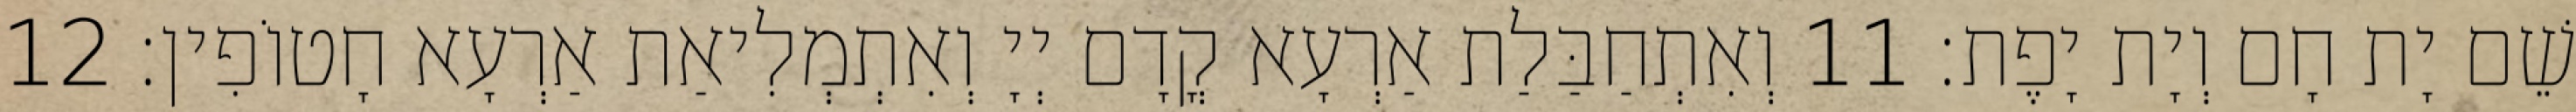
שֵׁם יָת חָם וְיָת יָפֶת׃ 11 וְאִתְחַבַּלַת אַרְעָא קֳדָם יְיָ וְאִתְמְלִיאַת אַרְעָא חָטוֹפִין׃ 12